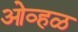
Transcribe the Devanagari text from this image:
ओव्हळ